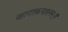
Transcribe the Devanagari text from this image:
महापातकनाशनम्‌॥